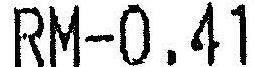
RM-0.41